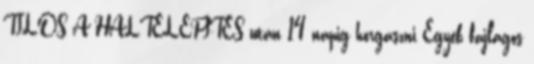
TILOS A HALTELEPÍTÉS után 14 napig horgászni Egyéb fajlagos